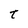
Character: t